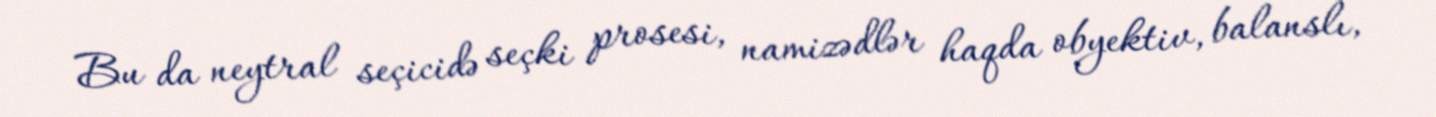
Bu da neytral seçicidə seçki prosesi, namizədlər haqda obyektiv, balanslı,